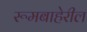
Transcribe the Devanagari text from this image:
रूमबाहेरील